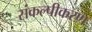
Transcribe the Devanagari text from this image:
संकल्पीकरण